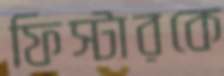
ফিস্টারকে